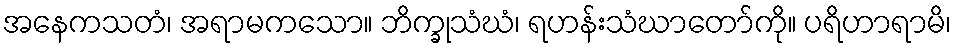
အနေကသတံ၊ အရာမကသော။ ဘိက္ခုသံဃံ၊ ရဟန်းသံဃာတော်ကို။ ပရိဟာရာမိ၊